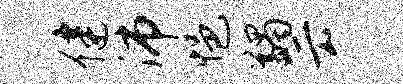
健沛悒蠲云